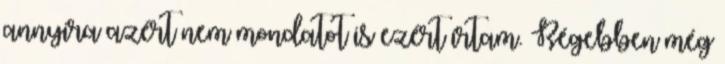
annyira azért nem mondatot is ezért írtam. Régebben még